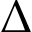
{ \Delta }